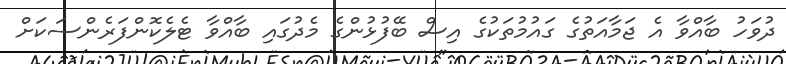
ދުވަހު ބާއްވާ އެ ޖަމާއަތުގެ ގައުމުތަކުގެ އިސް ބޭފުޅުންގެ މެދުގައި ބާއްވާ ޓެލެކޮންފަރެންސަކަށް